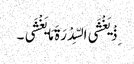
ِذْ یَغْشَی السِّدْرَةَ مَا یَغْشَی ۔